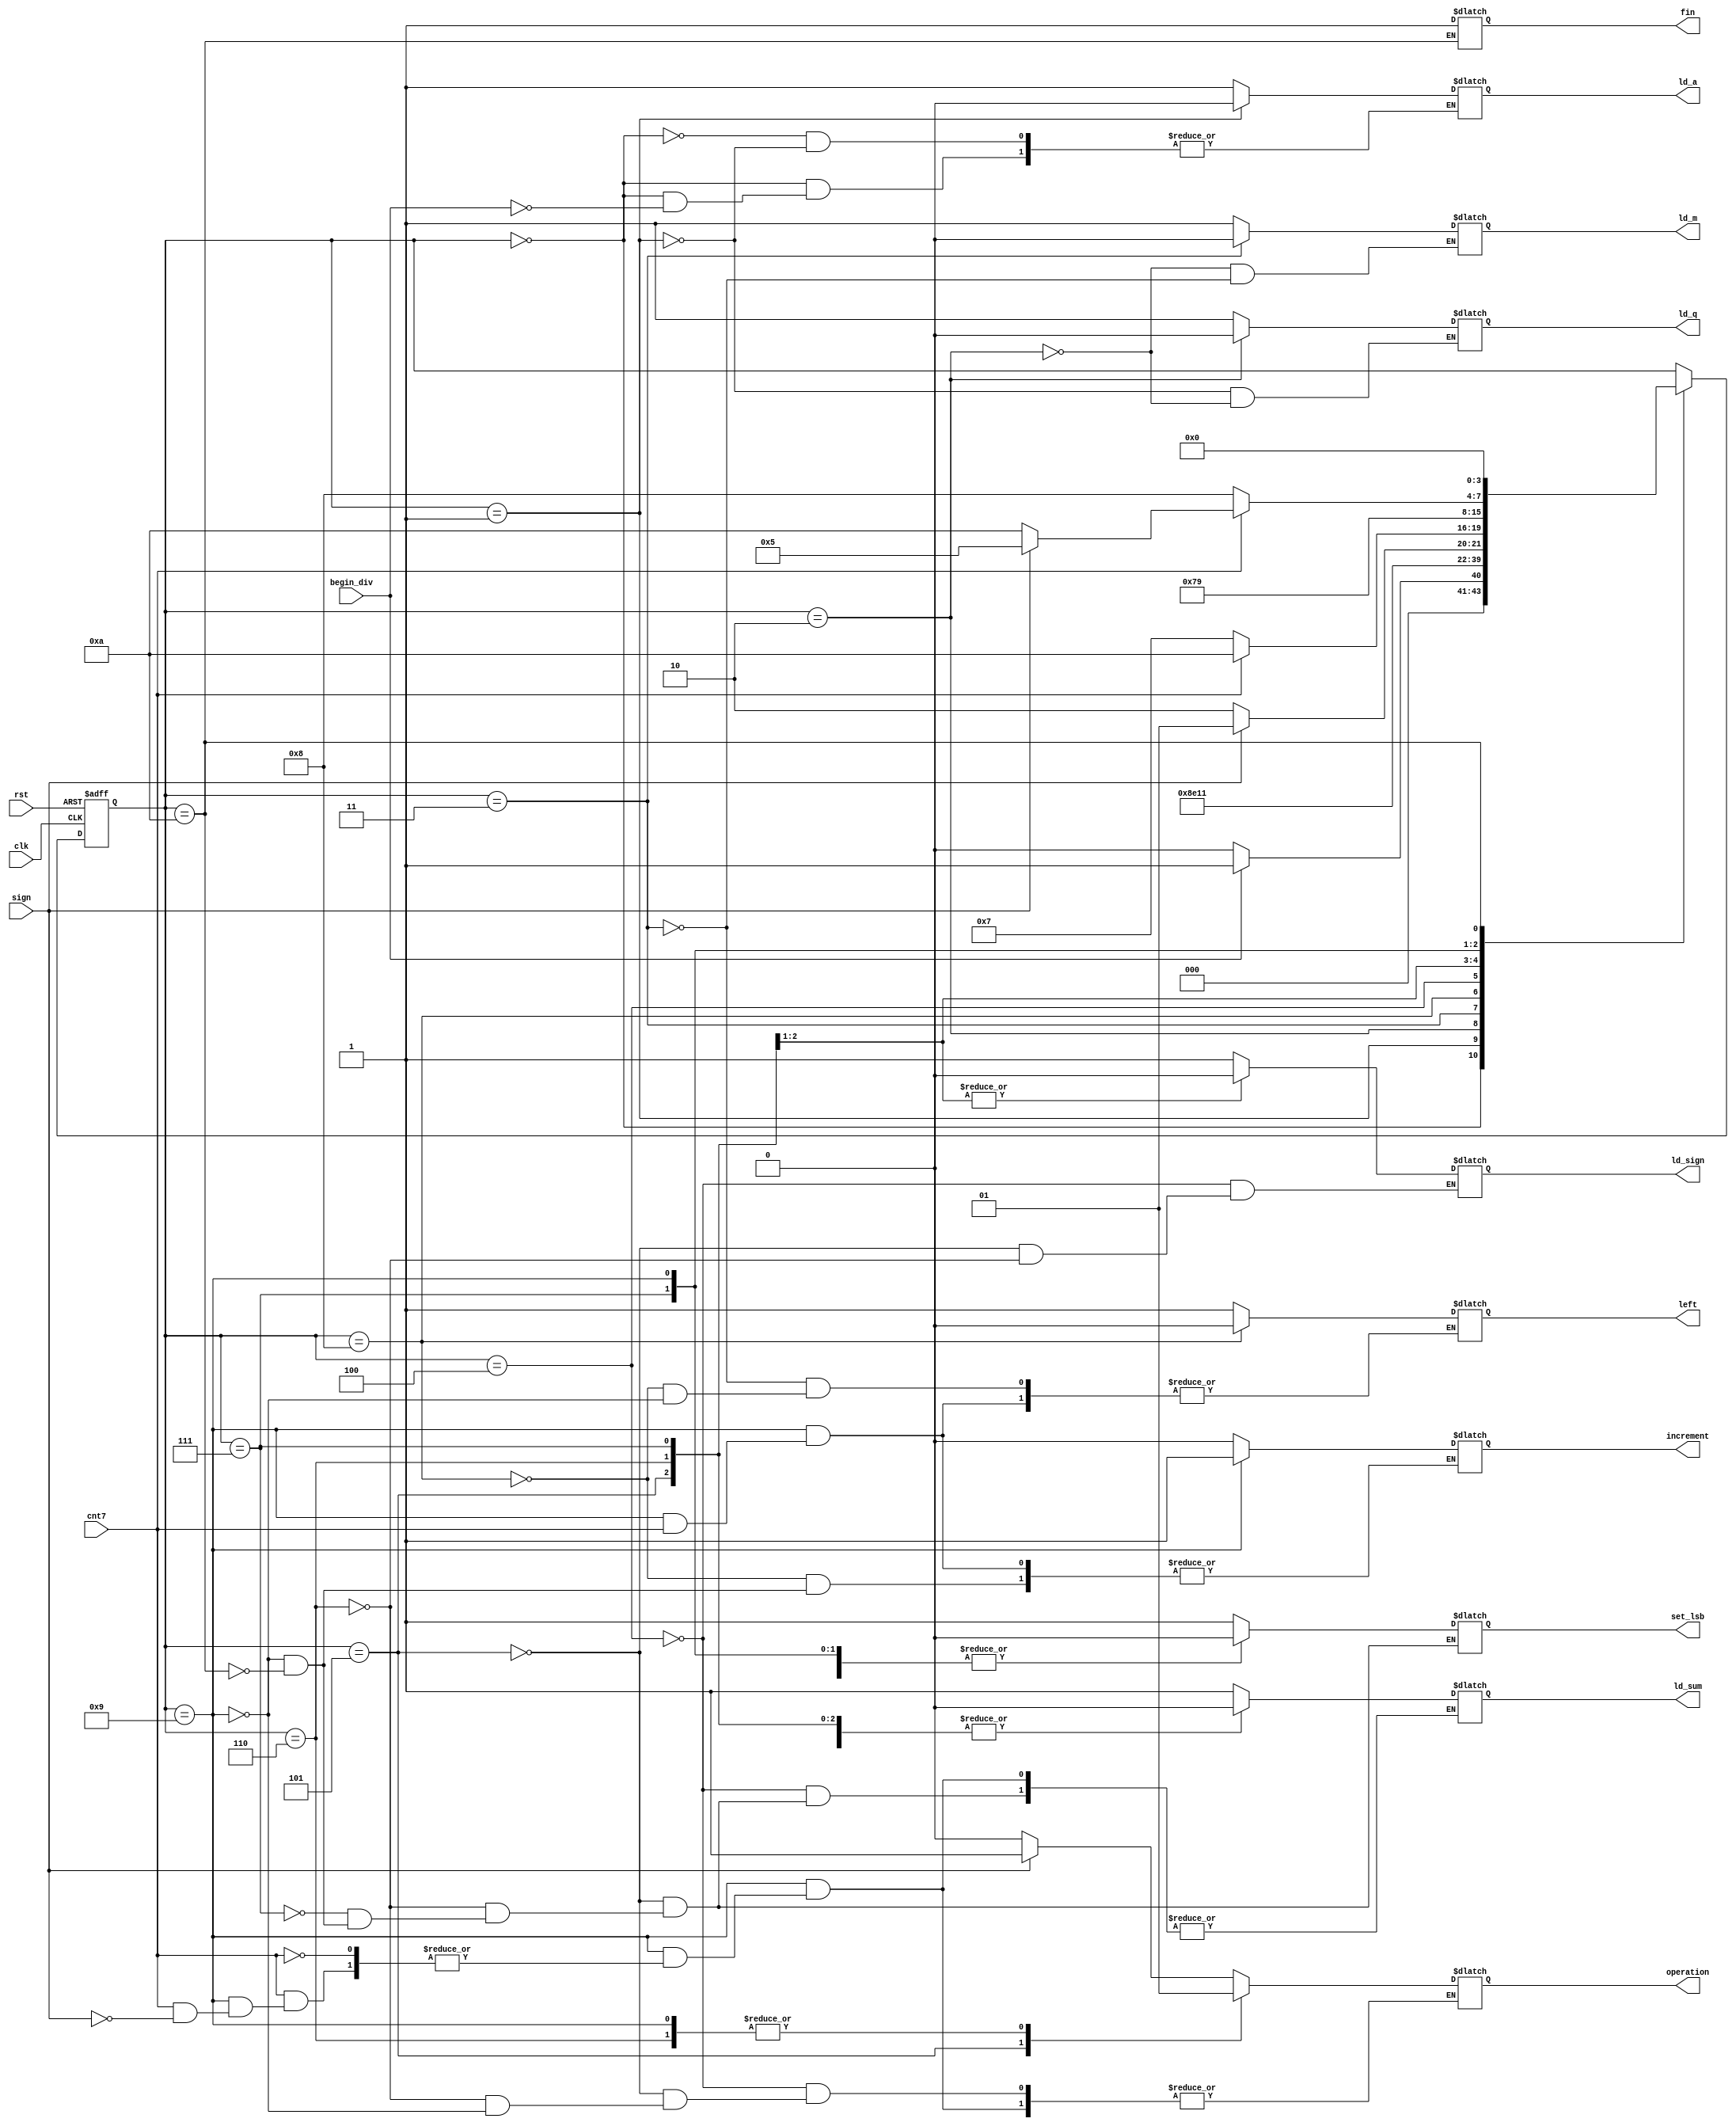
`define IDLE 4'b0000
`define LD_A 4'b0001
`define LD_Q 4'b0010
`define LD_M 4'b0011
`define CHECK_SIGN 4'b0100
`define ADD 4'b0101
`define SUB 4'b0110
`define SET_LSB_Q 4'b0111
`define LEFT_SHIFT 4'b1000
`define CHECK_COUNT 4'b1001
`define END 4'b1010

module control_unit(
  input clk, rst,
  input begin_div,
  input sign, cnt7,
  output reg ld_a,
  output reg ld_m,
  output reg ld_q,
  output reg ld_sign,
  output reg operation,
  output reg left,
  output reg set_lsb,
  output reg ld_sum,
  output reg increment,
  output reg fin
);

reg [3:0] state_next, state_reg;

always @(posedge clk or negedge rst) begin
		if(!rst)
			state_reg <= 4'b0000;
		else
			state_reg <= state_next;
	 end
	 
initial begin
  ld_a = 0;
  ld_q = 0;
  ld_m = 0;
  ld_sign = 0;
  operation = 0;
  set_lsb = 0;
  increment = 0;
  ld_sum = 0;
  left = 0;
  fin = 0;
end
	 
always @(state_reg, begin_div) begin
  
  state_next = state_reg;
  case(state_reg)
    
    `IDLE: 
	         begin
	         state_next = `IDLE;
	         if(begin_div) begin
	           state_next = `LD_A;
	           ld_a = 1;
	           end 
	         end
	         
	   `LD_A:
	         begin
	             ld_a = 0;
	             state_next = `LD_Q;
	             ld_q = 1;
	         end
	               
	    `LD_Q:
	         begin
	             ld_q = 0;
	             state_next = `LD_M;
	             ld_m = 1;
	         end
	         
	    `LD_M:
	         begin
	             ld_m = 0;
	             left = 1;
	             state_next = `LEFT_SHIFT;
	         end
	         
	     `LEFT_SHIFT:
	           begin
	               increment = 0;
	               left = 0;
	               state_next = `CHECK_SIGN;
	           end
	      
	      `CHECK_SIGN:
	         begin
	           ld_sum = 1;
	           ld_sign = 1;
	           if(sign) begin
	             state_next = `ADD;
	             operation = 1;
	             end
	           else begin
	             state_next = `SUB;
	             operation = 0;
	             end
	         end
	         
	       `ADD:
	           begin
	               operation = 0;
	               ld_sum = 0;
	               ld_sign = 0;
	               if(cnt7) begin
	                 set_lsb = 1;
	                 state_next = `END;
	                 end
	               else begin
	                 set_lsb = 1;
	                 state_next = `SET_LSB_Q;
	                 end
	           end
	           
	         `SUB:
	           begin
	               operation = 1;
	               ld_sum = 0;
	               ld_sign = 0;
	               set_lsb = 1;
	               state_next = `SET_LSB_Q;
	           end
	           
	          `SET_LSB_Q:
	            begin
	                ld_sum = 0;
	                set_lsb = 0;
                  state_next = `CHECK_COUNT;
	            end
	           
	          `CHECK_COUNT:
	             begin
	               set_lsb = 0;
	               if(cnt7)
	                 begin
	                   if(sign) begin
	                     ld_sum = 1;
	                     operation = 1;
	                     state_next = `ADD; //correction step
	                     end
	                   else
	                      state_next = `END;  
	                 end
	               else begin
	                 state_next = `LEFT_SHIFT;
	                 left = 1;
	                 increment = 1;
	               end
	             end 
	      
	           `END:
	             begin
	                 set_lsb = 0;
	                 ld_sum = 0;
	                 fin = 1;
	                 increment = 0;
	                 state_next = `IDLE;
	             end
  endcase
  
end

endmodule